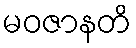
မဝဇာနတိ